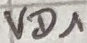
Text: VD1